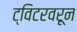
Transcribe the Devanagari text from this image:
ट्विटरवरून